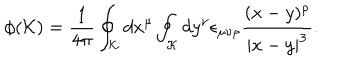
LaTeX: \phi ( { \cal K } ) = { \frac { 1 } { 4 \pi } } \oint _ { \cal K } d x ^ { \mu } \oint _ { \cal K } d y ^ { \nu } \epsilon _ { \mu \nu \rho } { \frac { ( x - y ) ^ { \rho } } { | x - y | ^ { 3 } } } .